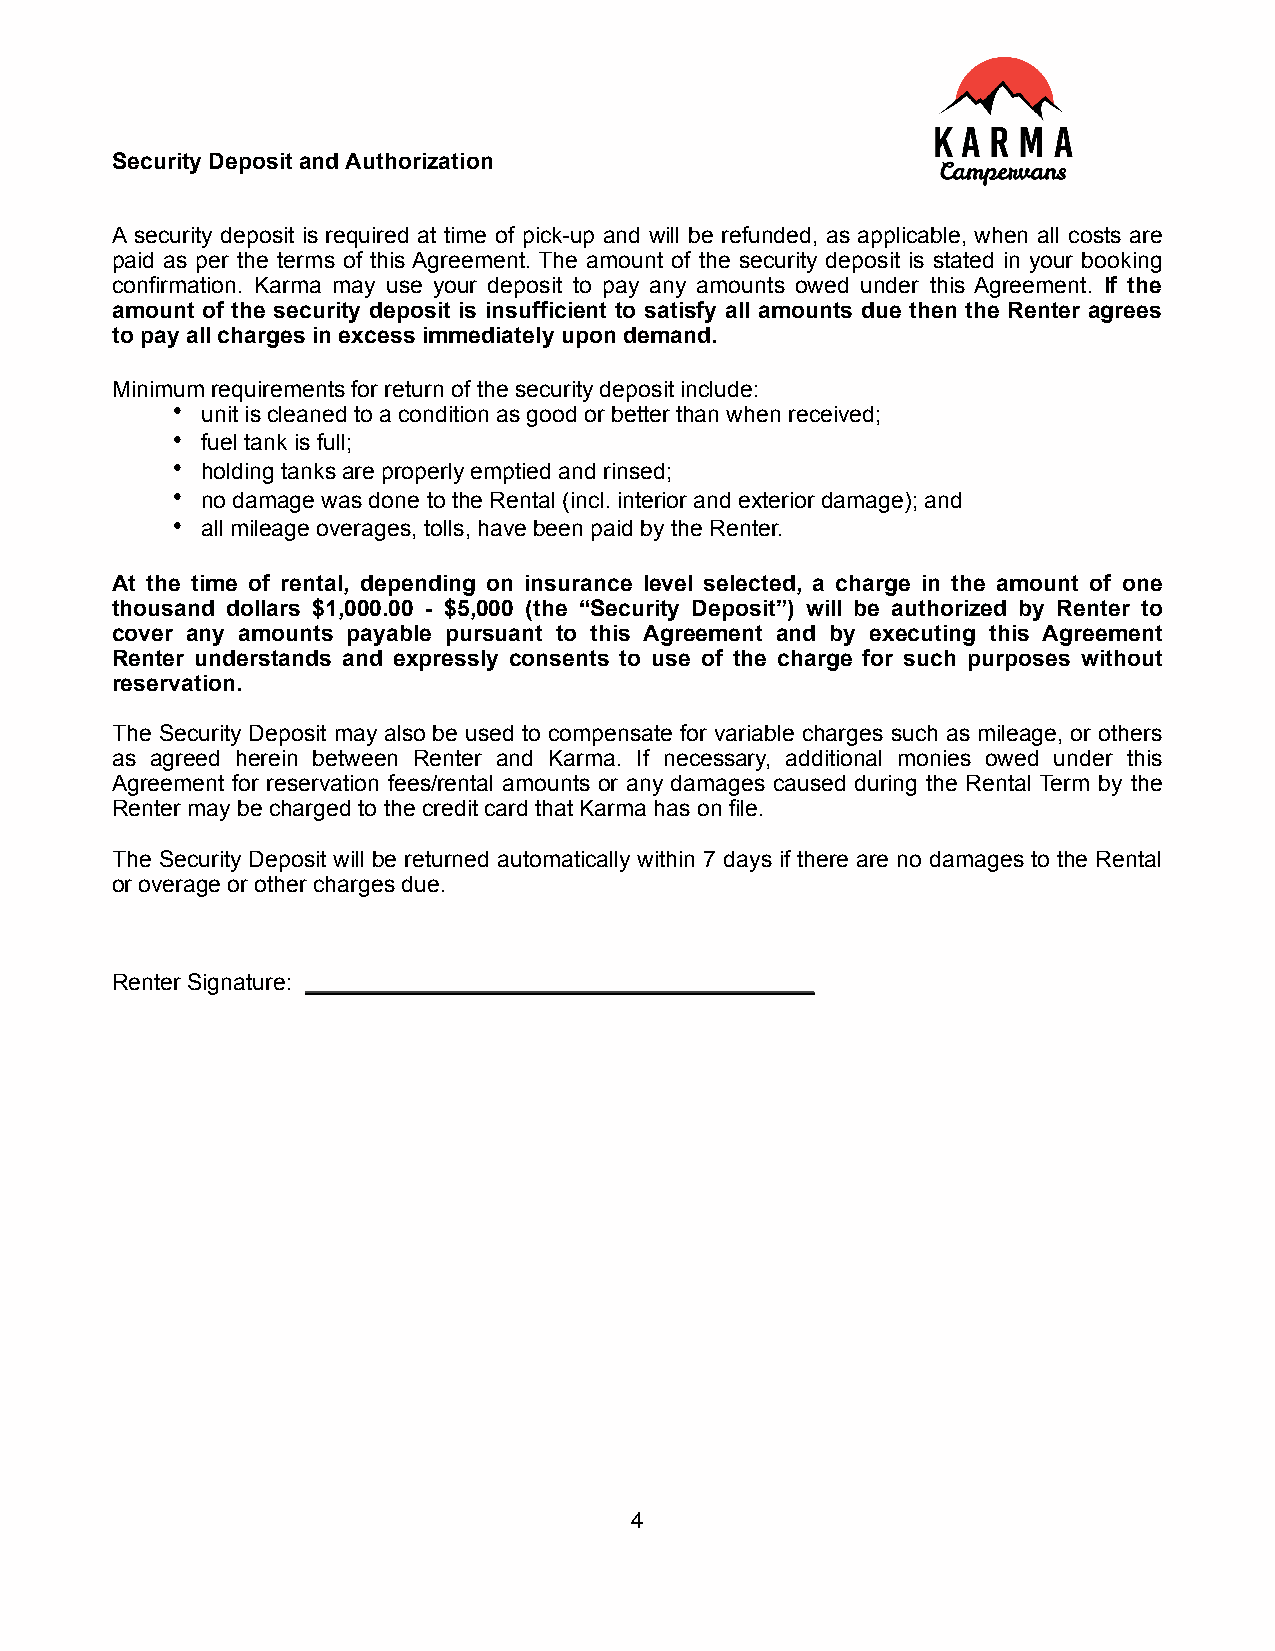
Security Deposit and Authorization
 A security deposit is required at time of pick-up and will be refunded, as applicable, when all costs are
 paid as per the terms of this Agreement. The amount of the security deposit is stated in your booking
 confirmation. Karma may use your deposit to pay any amounts owed under this Agreement. If the
 amount of the security deposit is insufficient to satisfy all amounts due then the Renter agrees
 to pay all charges in excess immediately upon demand.
 Minimum requirements for return of the security deposit include:
 • unit is cleaned to a condition as good or better than when received;
 • fuel tank is full;
 • holding tanks are properly emptied and rinsed;
 • no damage was done to the Rental (incl. interior and exterior damage); and
 • all mileage overages, tolls, have been paid by the Renter.
 At the time of rental, depending on insurance level selected, a charge in the amount of one
 thousand dollars $1,000.00 - $5,000 (the “Security Deposit”) will be authorized by Renter to
 cover any amounts payable pursuant to this Agreement and by executing this Agreement
 Renter understands and expressly consents to use of the charge for such purposes without
 reservation.
 The Security Deposit may also be used to compensate for variable charges such as mileage, or others
 as agreed herein between Renter and Karma. If necessary, additional monies owed under this
 Agreement for reservation fees/rental amounts or any damages caused during the Rental Term by the
 Renter may be charged to the credit card that Karma has on file.
 The Security Deposit will be returned automatically within 7 days if there are no damages to the Rental
 or overage or other charges due.
 Renter Signature: ________________________________________
 4